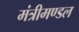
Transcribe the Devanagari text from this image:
मंत्रीमण्‍डल